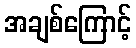
အချစ်ကြောင့်